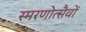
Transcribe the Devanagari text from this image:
स्मरणोत्सैवों